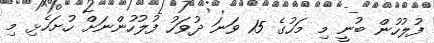
ފުލުހުން ބުނީ މި މަހުގެ 15 ވަނަ ދުވަހު ފުލުހުންނަށް ހުށަހެޅި މި